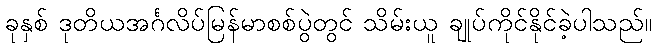
ခုနှစ် ဒုတိယအင်္ဂလိပ်မြန်မာစစ်ပွဲတွင် သိမ်းယူ ချုပ်ကိုင်နိုင်ခဲ့ပါသည်။